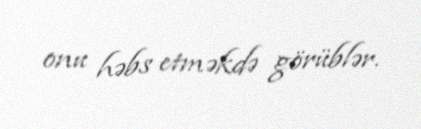
onu həbs etməkdə görüblər.